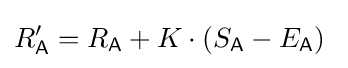
R_{\mathsf {A}}'=R_{\mathsf {A}}+K\cdot (S_{\mathsf {A}}-E_{\mathsf {A}})~